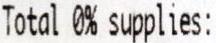
TOTAL 0% SUPPLIES: